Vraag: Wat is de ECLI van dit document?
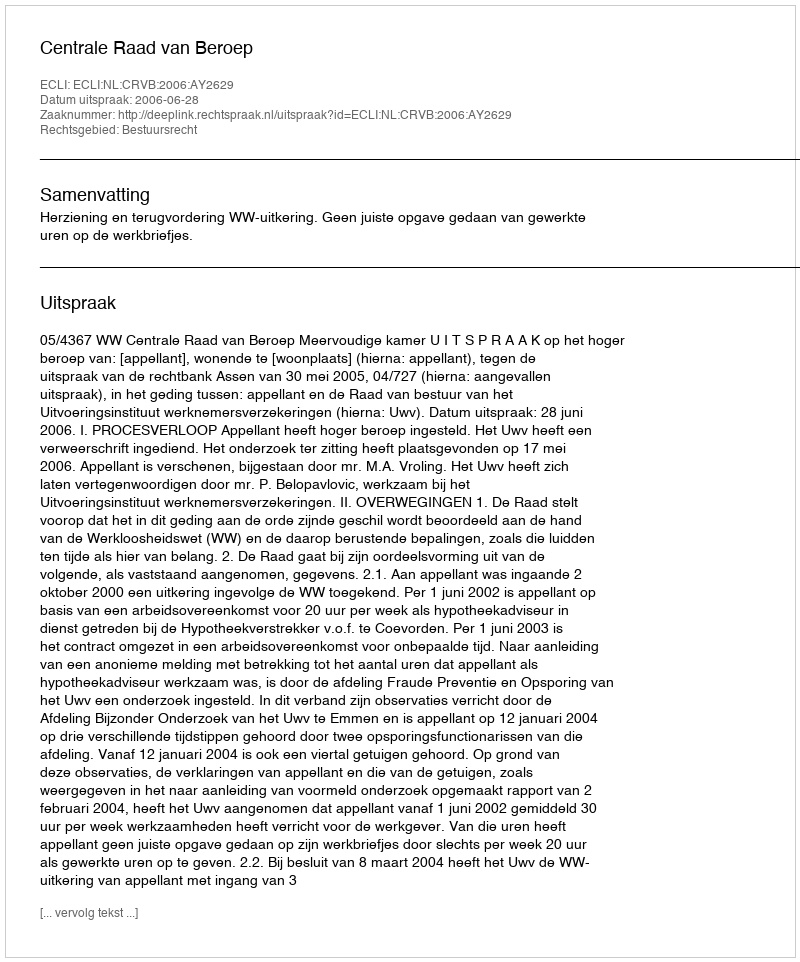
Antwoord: ECLI:NL:CRVB:2006:AY2629